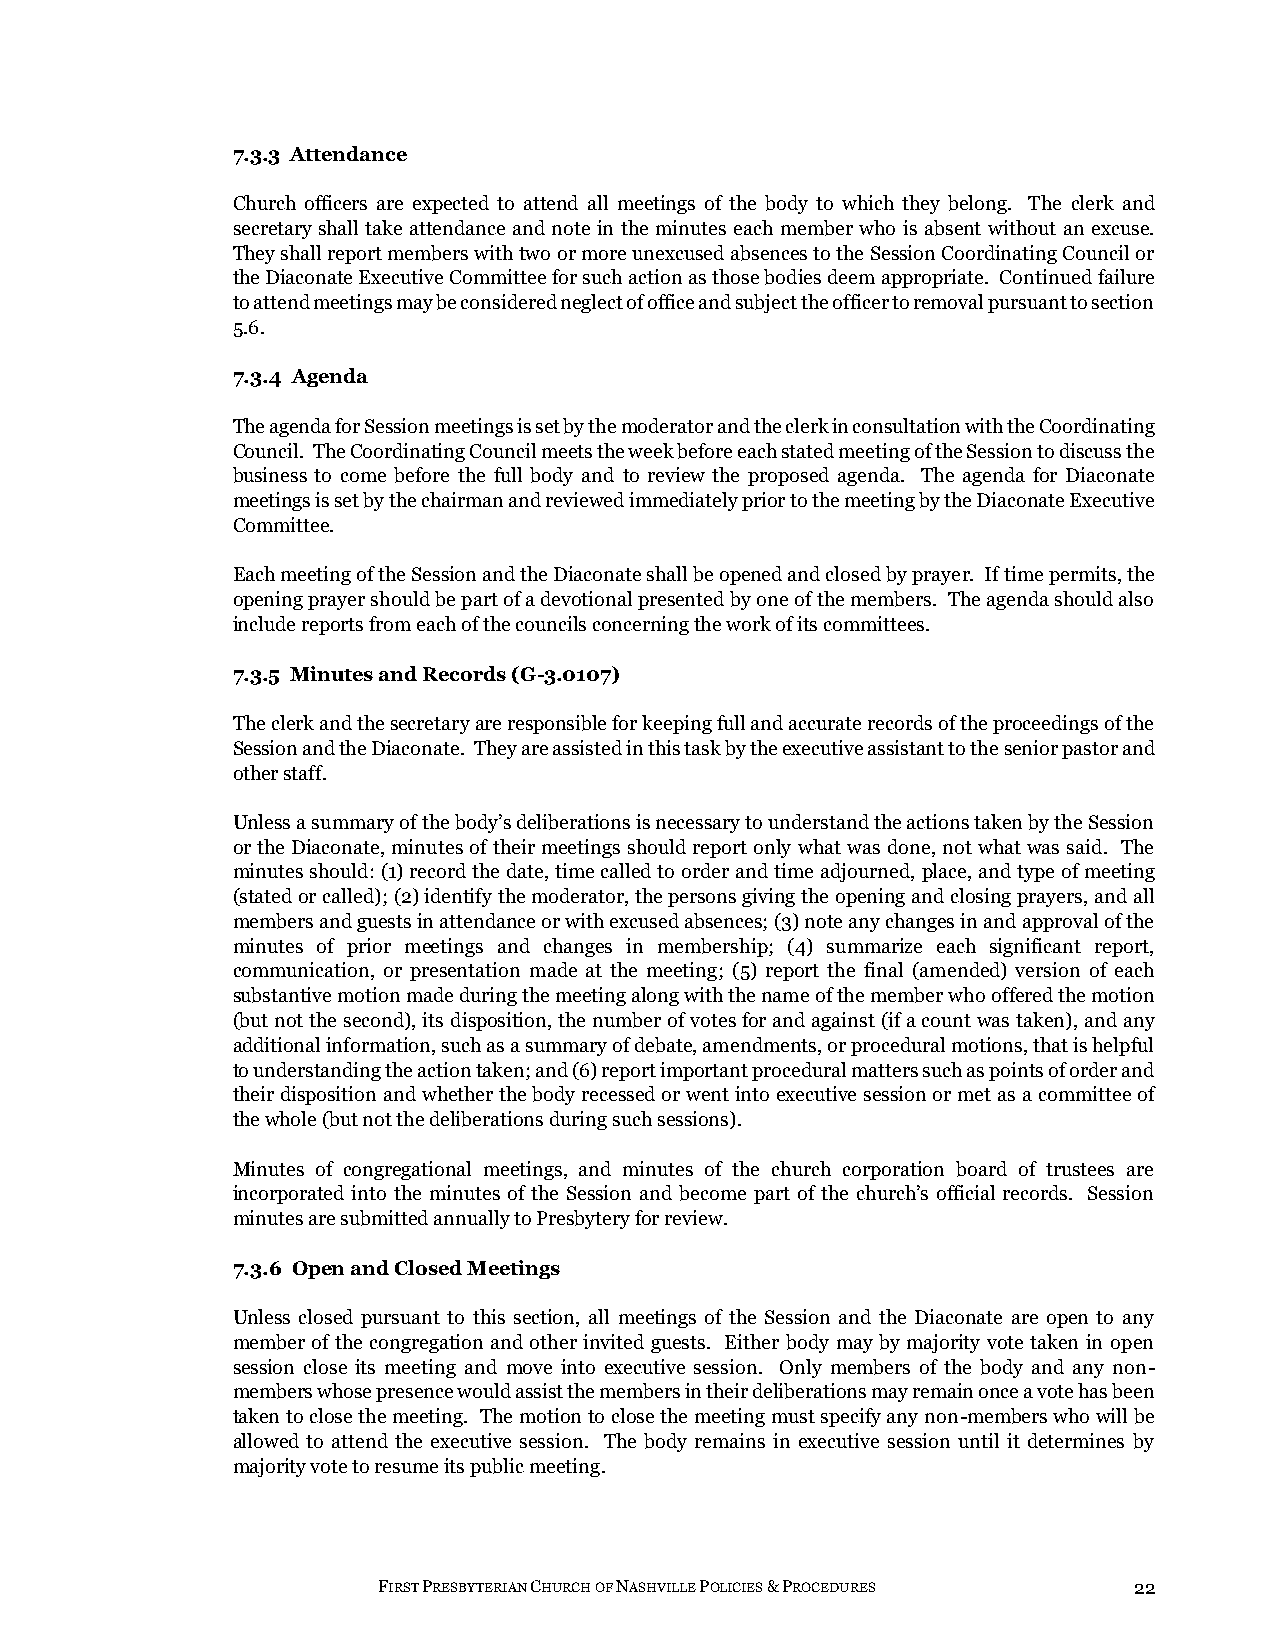
7.3.3 Attendance
 Church officers are expected to attend all meetings of the body to which they belong. The clerk and
 secretary shall take attendance and note in the minutes each member who is absent without an excuse.
 They shall report members with two or more unexcused absences to the Session Coordinating Council or
 the Diaconate Executive Committee for such action as those bodies deem appropriate. Continued failure
 to attend meetings may be considered neglect of office and subject the officer to removal pursuant to section
 5.6.
 7.3.4 Agenda
 The agenda for Session meetings is set by the moderator and the clerk in consultation with the Coordinating
 Council. The Coordinating Council meets the week before each stated meeting of the Session to discuss the
 business to come before the full body and to review the proposed agenda. The agenda for Diaconate
 meetings is set by the chairman and reviewed immediately prior to the meeting by the Diaconate Executive
 Committee.
 Each meeting of the Session and the Diaconate shall be opened and closed by prayer. If time permits, the
 opening prayer should be part of a devotional presented by one of the members. The agenda should also
 include reports from each of the councils concerning the work of its committees.
 7.3.5 Minutes and Records (G-3.0107)
 The clerk and the secretary are responsible for keeping full and accurate records of the proceedings of the
 Session and the Diaconate. They are assisted in this task by the executive assistant to the senior pastor and
 other staff.
 Unless a summary of the body’s deliberations is necessary to understand the actions taken by the Session
 or the Diaconate, minutes of their meetings should report only what was done, not what was said. The
 minutes should: (1) record the date, time called to order and time adjourned, place, and type of meeting
 (stated or called); (2) identify the moderator, the persons giving the opening and closing prayers, and all
 members and guests in attendance or with excused absences; (3) note any changes in and approval of the
 minutes of prior meetings and changes in membership; (4) summarize each significant report,
 communication, or presentation made at the meeting; (5) report the final (amended) version of each
 substantive motion made during the meeting along with the name of the member who offered the motion
 (but not the second), its disposition, the number of votes for and against (if a count was taken), and any
 additional information, such as a summary of debate, amendments, or procedural motions, that is helpful
 to understanding the action taken; and (6) report important procedural matters such as points of order and
 their disposition and whether the body recessed or went into executive session or met as a committee of
 the whole (but not the deliberations during such sessions).
 Minutes of congregational meetings, and minutes of the church corporation board of trustees are
 incorporated into the minutes of the Session and become part of the church’s official records. Session
 minutes are submitted annually to Presbytery for review.
 7.3.6 Open and Closed Meetings
 Unless closed pursuant to this section, all meetings of the Session and the Diaconate are open to any
 member of the congregation and other invited guests. Either body may by majority vote taken in open
 session close its meeting and move into executive session. Only members of the body and any non-
 members whose presence would assist the members in their deliberations may remain once a vote has been
 taken to close the meeting. The motion to close the meeting must specify any non-members who will be
 allowed to attend the executive session. The body remains in executive session until it determines by
 majority vote to resume its public meeting.
 FIRST PRESBYTERIAN CHURCH OF NASHVILLE POLICIES & PROCEDURES 22